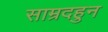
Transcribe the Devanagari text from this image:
साम्रदहुन